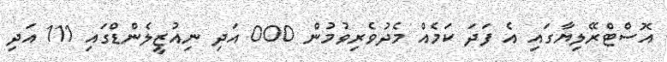
އޮސްޓްރޭލިޔާގައި އެ ފަދަ ކަމެއް މެދުވެރިވުމުން 000 އަދި ނިއުޒީލެންޑްގައި 111 އަދި